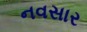
નવસાર